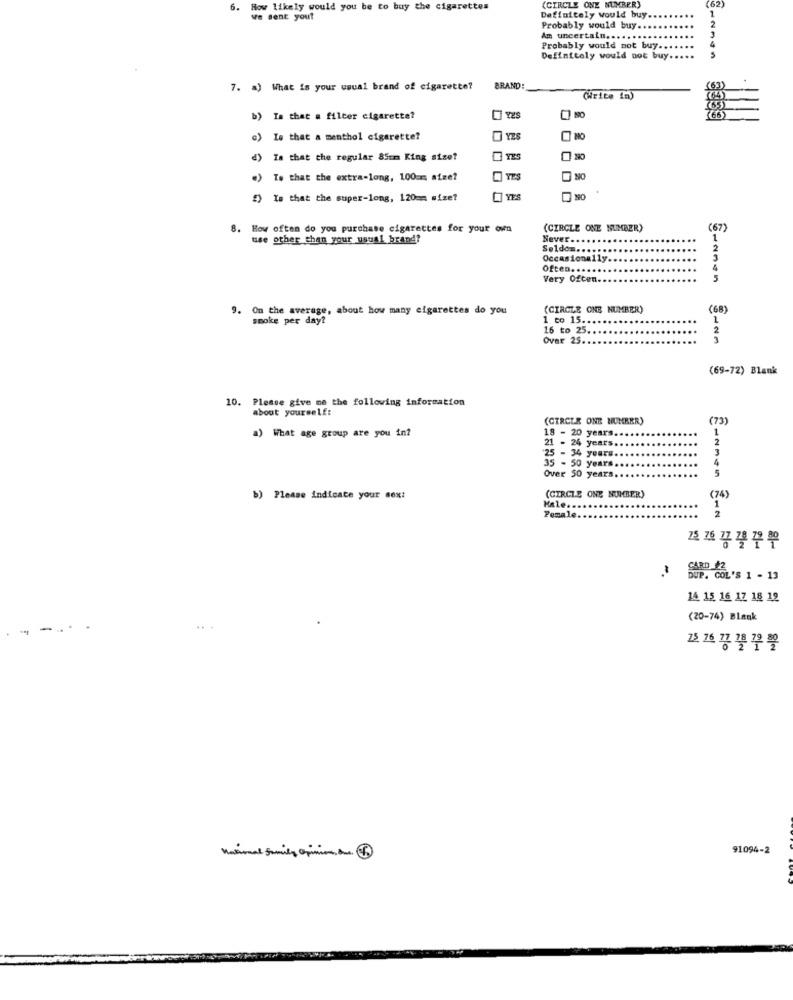
6.
How likely would you be to buy the cigarettes
(CIRCLE ONE NUMBER)
(62)
we sent you?
Definitely would buy.
Probably would buy ..
Am uncertain .....
Probably would not buy ...
Definitely would not buy.
....
7. a) What is your usual brand of cigarette?
BRAND:
b) Is that a filter cigarette?
c) Is that a menthol cigarette?
YES
NO
d) Is that the regular 85mm King size?
.) To that the extra-long, 100am afze?
£) Is that the super-long, 120mm size?
8. How often do you purchase cigarettes for your own
(CIRCLE ONE NUMBER)
(67)
use other than your usual brand?
Never ..
1
Seldom ...
2
Occasionally
Often .....
Very Often.
5
9. On the average, about how many cigarettes do you
(CIRCLE ONE NUMBER)
(68)
smoke per day?
1 to 15 ..
1
16 to 25.
Over 25 ..
(69-72) Blank
10. Please give me the following information
about yourself:
(CIRCLE ONE NUMBER)
(73)
What age group are you in?
18 - 20 years.
....
1
2
21 - 24 years ..
25 - 34 years ..
3
35 - 50 years ..
....
4
....
5
Over 50 years ..
b) Please indicate your sex:
(CIRCLE ONE NUMBER)
(74)
Hale ..
Female
프 프 끙끙 뿌뿌
-.
BUP. COL'S 1 - 13
14. 15 16 17 18 12
(20-74) Blank
꼬 꼬 끙끙 끙 遣
91094-2
National Family Opinion,one.4